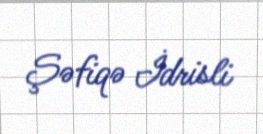
Şəfiqə İdrisli